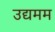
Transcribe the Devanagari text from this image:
उद्यमम